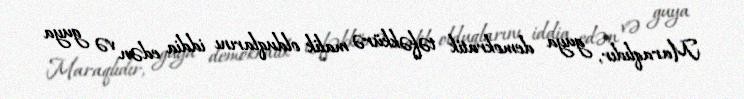
Maraqlıdır, guya demokratik təfəkkürə malik olduqlarını iddia edən və guya